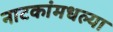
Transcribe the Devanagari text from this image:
नाटकांमधल्या